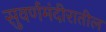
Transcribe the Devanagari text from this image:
सुवर्णमंदीरातील